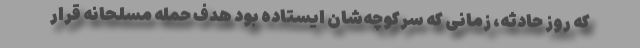
که روز حادثه، زمانی که سرکوچه‌شان ایستاده بود هدف حمله مسلحانه قرار